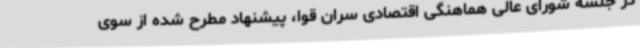
در جلسه شورای عالی هماهنگی اقتصادی سران قوا، پیشنهاد مطرح شده از سوی